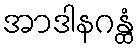
အာဒါနဂန္ထံ